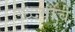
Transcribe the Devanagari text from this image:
उध्दवाचे